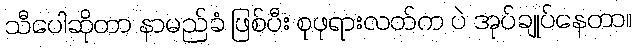
သီပေါဆိုတာ နာမည်ခံ ဖြစ်ပီး စုဖုရားလတ်က ပဲ အုပ်ချုပ်နေတာ။